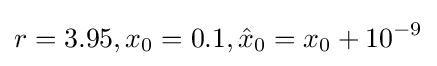
r=3.95,x_{0}=0.1,{\hat {x}}_{0}=x_{0}+10^{-9}